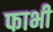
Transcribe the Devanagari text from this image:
फाभी